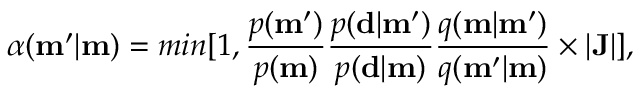
\alpha ( \mathbf { m ^ { \prime } } | \mathbf { m } ) = m i n [ 1 , \frac { p ( \mathbf { m ^ { \prime } } ) } { p ( \mathbf { m } ) } \frac { p ( \mathbf { d } | \mathbf { m ^ { \prime } } ) } { p ( \mathbf { d } | \mathbf { m } ) } \frac { q ( \mathbf { m } | \mathbf { m ^ { \prime } } ) } { q ( \mathbf { m ^ { \prime } } | \mathbf { m } ) } \times | \mathbf { J } | ] ,